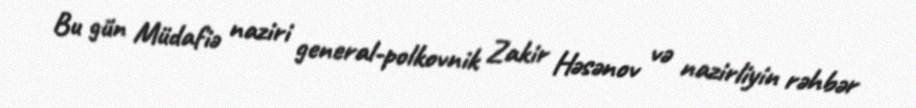
Bu gün Müdafiə naziri general-polkovnik Zakir Həsənov və nazirliyin rəhbər